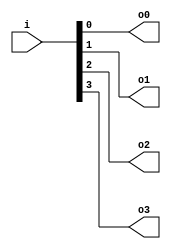
module DataSplit4(i, o0, o1, o2, o3);

	parameter data_width = 1;

	input[4 * data_width - 1 : 0] i;
	output[data_width - 1 : 0] o0, o1, o2, o3;

	assign o0 = i[1 * data_width - 1 : 0 * data_width];
	assign o1 = i[2 * data_width - 1 : 1 * data_width];
	assign o2 = i[3 * data_width - 1 : 2 * data_width];
	assign o3 = i[4 * data_width - 1 : 3 * data_width];

endmodule